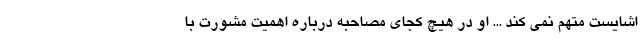
اشایست متهم نمی کند ... او در هیچ کجای مصاحبه درباره اهمیت مشورت با